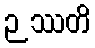
ဉဿတိ